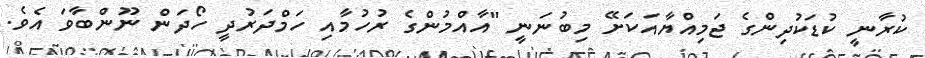
ކުރާނީ ކުޑަކުދިންގެ ޖަމިއްޔާއަކަށޭ މިބުނަނީ "އާއްމުންގެ ރުހުމާއި ހަމްދަރުދީ ހޯދަން ނޫންބާވަ އެވެ.